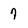
Character: 7